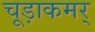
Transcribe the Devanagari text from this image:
चूड़ाकमर्